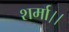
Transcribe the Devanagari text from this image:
शर्मा।।